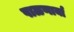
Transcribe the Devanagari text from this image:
पाळणार्या